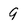
Character: 9